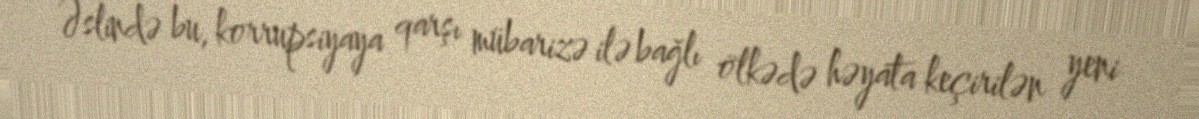
Əslində bu, korrupsiyaya qarşı mübarizə ilə bağlı ölkədə həyata keçirilən yeni